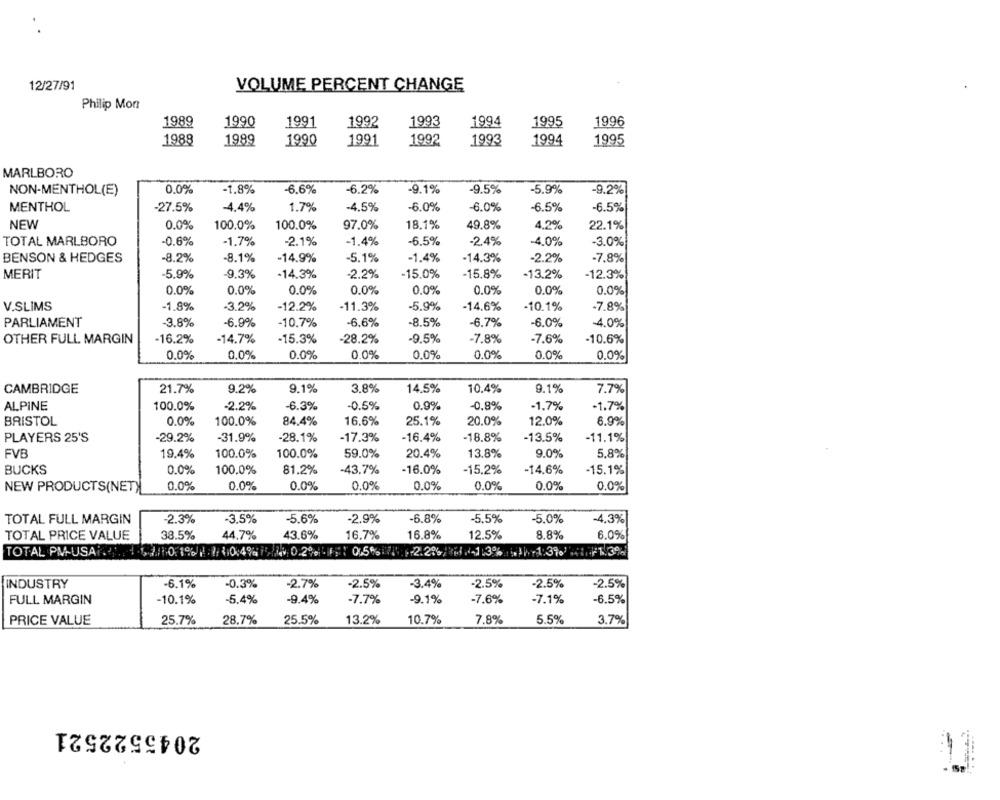
12/27/91
VOLUME PERCENT CHANGE
Philip Mon
1989
1990
1991
1992
1993
1994
1995
1996
1988
1989
1990
1991
1992
1993
1994
1995
MARLBORO
NON-MENTHOL(E)
0.0%
-1.8%
-6.6%
-6.2%
-9.1%
-9.5%
-5.9%
-9.2%
MENTHOL
-27.5%
-4.4%
1.7%
-4.5%
-6.0%
-6.0%
-6.5%
-6.5%
NEW
0.0%
100.0%
100.0%
49,8%
97.0%
18.1%
4.2%
22.1%
-0.6%
-6.5%
TOTAL MARLBORO
-1.7%
-2.1%
-1.4%
-2.4%
-4.0%
-3.0%
BENSON & HEDGES
-8.2%
-8.1%
-14.9%
-5.1%
-1.4%
-14.3%
-2.2%
-7.8%
MERIT
-5.9%
-9.3%
-14.3%
-2.2%
-15.0%
-15.8%
-13.2%
-12.3%
0.0%
0.0%
0.0%
0.0%
0.0%
0.0%
0.0%
0.0%
V.SLIMS
-1.8%
-3.2%
-12.2%
-11.3%
-5.9%
-14.6%
-10.1%
-7.8%
PARLIAMENT
-3.8%
-6.9%
-10.7%
-6.6%
-8.5%
-6.7%
-6.0%
-4.0%
OTHER FULL MARGIN
-16.2%
-14.7%
-15.3%
-28.2%
-9.5%
-7.8%
-7.6%
-10.6%
0.0%
0.0%
0.0%
0.0%
0.0%
0.0%
0.0%
0.0%
CAMBRIDGE
21.7%
9.2%
9.1%
3.8%
14.5%
10.4%
9.1%
7.7%
ALPINE
100.0%
-2.2%
-6.3%
-0.5%
0.9%
-0.8%
-1,7%
-1.7%
BRISTOL
0.0%
100.0%
84.4%
16.6%
25.1%
20.0%
12.0%
6.9%
PLAYERS 25'S
-29.2%
-31.9%
-28.1%
-17.3%
-16.4%
-18.8%
-13.5%
-11.1%
FVB
19.4%
100.0%
100.0%
59.0%
20.4%
13.8%
9.0%
5,8%
BUCKS
0.0%
100.0%
81.2%
-43.7%
-16.0%
-15.2%
-14.6%
-15.1%
NEW PRODUCTS(NET)
0.0%
0.0%
0.0%
0.0%
0.0%
0.0%
0.0%
0.0%
TOTAL FULL MARGIN
-2.3%
-3.5%
-5.6%
-2.9%
-6.8%
-5.5%
-5.0%
-4,3%
TOTAL PRICE VALUE
38.5%
44.7%
43.6%
16.7%
16.8%
12.5%
8.8%
6.0%
TOTAL PM-USAR
0,5%: 1.2.2%/ 1 1.3%
1:390
INDUSTRY
-6.1%
-0.3%
-2.7%
-2.5%
-3.4%
-2.5%
-2.5%
-2.5%
FULL MARGIN
-10.1%
-5.4%
-9.4%
-7.7%
-9.1%
-7.6%
-7.1%
-6.5%
PRICE VALUE
25.7%
28.7%
25.5%
13.2%
10.7%
7.8%
5.5%
3.7%
2045522521